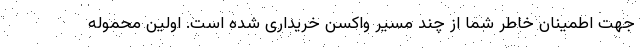
جهت اطمینان خاطر شما از چند مسیر واکسن خریداری شده است. اولین محموله